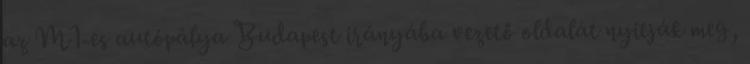
az M1-es autópálya Budapest irányába vezető oldalát nyitják meg,